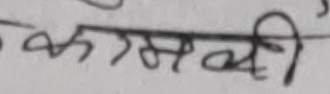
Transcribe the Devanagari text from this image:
कसली